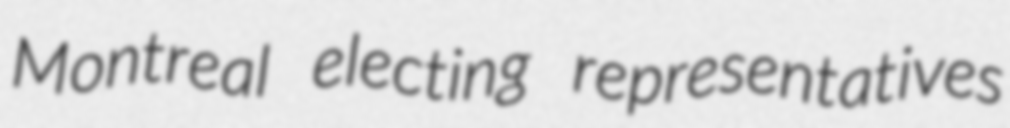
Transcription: Montreal electing representatives